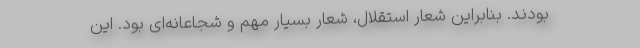
بودند. بنابراین شعار استقلال، شعار بسیار مهم و شجاعانه‌ای بود. این